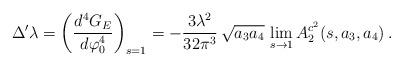
LaTeX: \begin{align*}\Delta' \lambda = \left(\frac{d^4 G_E}{d \varphi_0^4} \right)_{s=1} = -\frac{3\lambda^2}{32\pi^3}\, \sqrt{a_3 a_4} \, \lim_{s\rightarrow 1} A_2^{c^2}(s,a_3,a_4) \,.\end{align*}